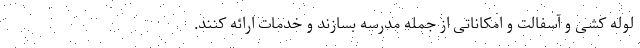
لوله کشی و آسفالت و امکاناتی از جمله مدرسه بسازند و خدمات ارائه کنند.